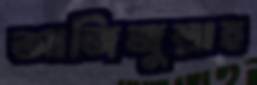
আজিজুল্লাহ